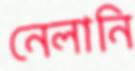
নেলানি